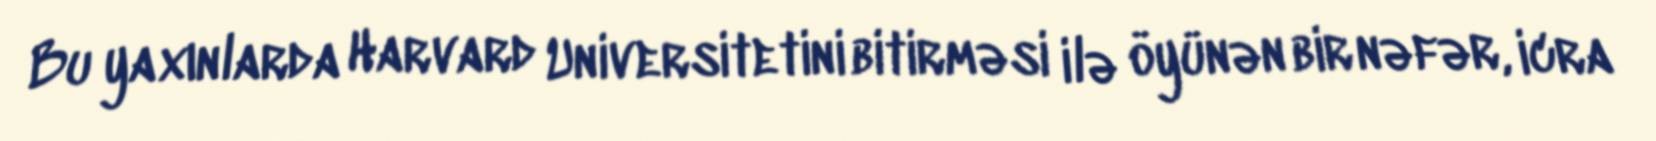
Bu yaxınlarda Harvard Universitetini bitirməsi ilə öyünən bir nəfər, icra